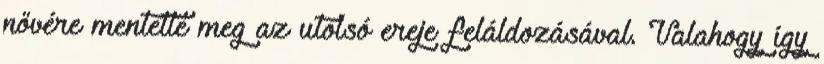
nővére mentette meg az utolsó ereje feláldozásával. Valahogy így